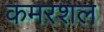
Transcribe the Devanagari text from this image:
कमरशल